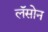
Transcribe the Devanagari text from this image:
लॅसोन